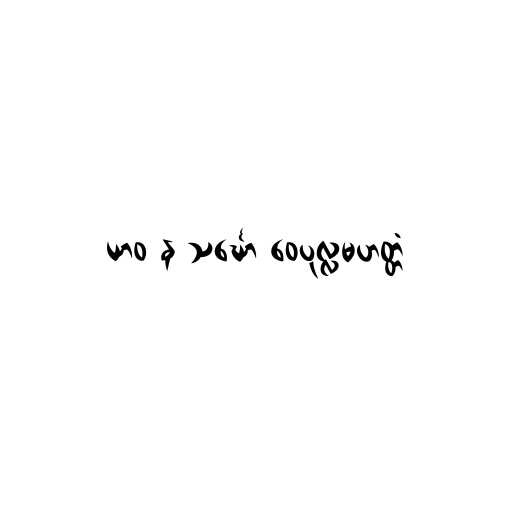
ယာဝ န သင်္ဃော ဝေပုလ္လမဟတ္တံ